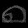
Digit: ၈